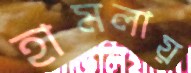
হামলায়